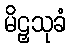
မိဠှသုခံ